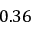
0 . 3 6